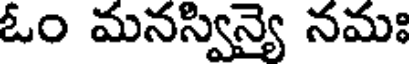
ఓం మనస్విన్యై నమః